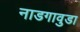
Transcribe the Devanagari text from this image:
नाडगावुडा